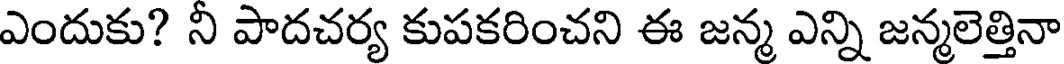
ఎందుకు? నీ పాదచర్య కుపకరించని ఈ జన్మ ఎన్ని జన్మలెత్తినా